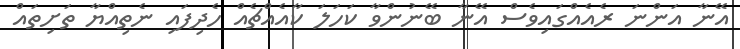
އޭނާ އަންނަ ރެއެއްގައިވެސް އޭނާ ބޭނުންވާ ކަހަލަ ކާއެއްޗެއް ހެދިފައި ނެތިއްޔާ ތަށިތައް